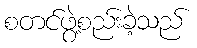
စတင်ဖွဲ့စည်းခဲ့သည်